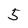
Character: 5